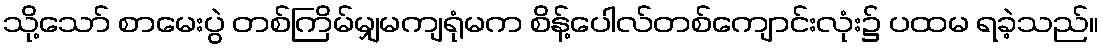
သို့သော် စာမေးပွဲ တစ်ကြိမ်မျှမကျရုံမက စိန့်ပေါလ်တစ်ကျောင်းလုံး၌ ပထမ ရခဲ့သည်။